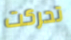
تحركت